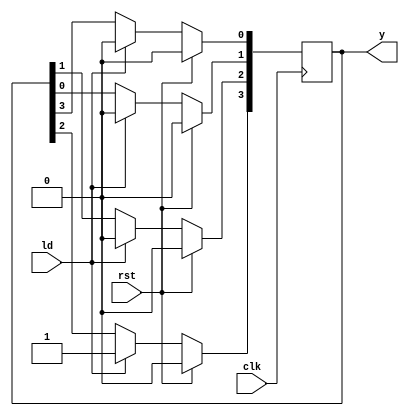
module shift_register (input clk,rst,ld, output reg [3:0] y );

  integer i;
  always@(posedge clk)
    begin
      if(rst==1'b1)   ////Synchronus Reset
        y <= 4'b0000;
      else
        if(ld==1'b1)   ///Load first Flipflop wit 1
          y <= 4'b1000;
        else begin
          for(i = 0; i< 3; i = i + 1) begin   ////Repetitive Hardware part
            y[i+1] <= y[i];
          end
            y[0] <= y[3]; 
        end 	
    end
  
endmodule